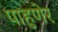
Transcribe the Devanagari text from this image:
पाहुणेर